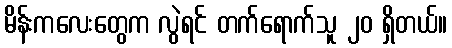
မိန်းကလေးတွေက လွဲရင် တက်ရောက်သူ ၂၀ ရှိတယ်။